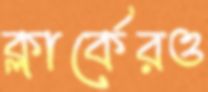
ক্লার্কেরও